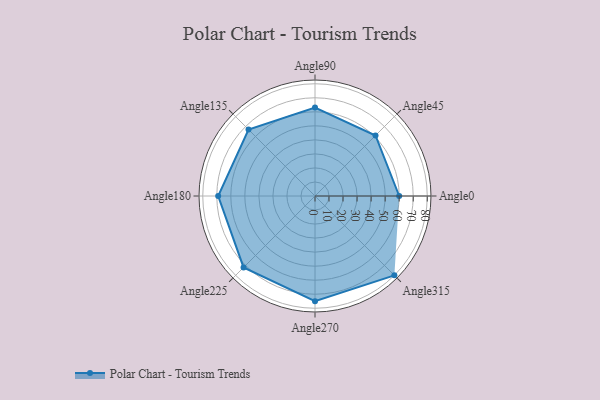
{"axis": {"x": "Angle", "y": "Radius"}, "legend": [""], "data": [{"x": "Angle0", "y": 60.0, "type": ""}, {"x": "Angle45", "y": 61.0, "type": ""}, {"x": "Angle90", "y": 63.0, "type": ""}, {"x": "Angle135", "y": 67.0, "type": ""}, {"x": "Angle180", "y": 69.0, "type": ""}, {"x": "Angle225", "y": 72.0, "type": ""}, {"x": "Angle270", "y": 75.0, "type": ""}, {"x": "Angle315", "y": 80.0, "type": ""}]}